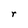
Character: r